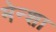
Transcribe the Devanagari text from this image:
मेन्शा